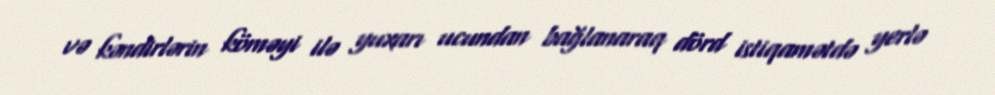
və kəndirlərin köməyi ilə yuxarı ucundan bağlanaraq dörd istiqamətdə yerlə